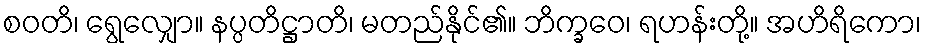
စဝတိ၊ ရွေလျှော။ နပ္ပတိဋ္ဌာတိ၊ မတည်နိုင်၏။ ဘိက္ခဝေ၊ ရဟန်းတို့။ အဟိရိကော၊